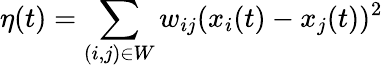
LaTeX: \eta(t)=\sum_{(i,j)\in W}w_{ij}(x_{i}(t)-x_{j}(t))^{2}